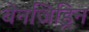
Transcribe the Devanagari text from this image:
बेनजिड्रिन